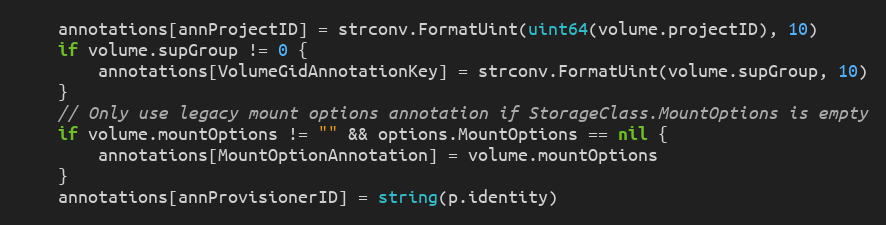
Language: Go
	annotations[annProjectID] = strconv.FormatUint(uint64(volume.projectID), 10)
	if volume.supGroup != 0 {
		annotations[VolumeGidAnnotationKey] = strconv.FormatUint(volume.supGroup, 10)
	}
	// Only use legacy mount options annotation if StorageClass.MountOptions is empty
	if volume.mountOptions != "" && options.MountOptions == nil {
		annotations[MountOptionAnnotation] = volume.mountOptions
	}
	annotations[annProvisionerID] = string(p.identity)